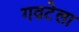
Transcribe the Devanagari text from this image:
गवटेला